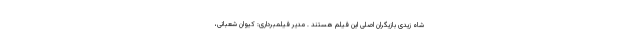
شاه زیدی بازیگران اصلی این فیلم هستند . مدیر فیلمبرداری: کیوان شعبانی،